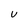
Character: U